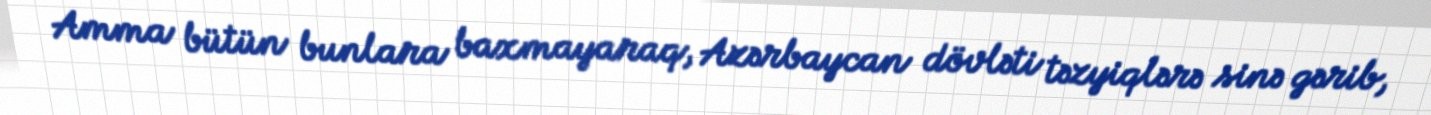
Amma bütün bunlara baxmayaraq, Azərbaycan dövləti təzyiqlərə sinə gərib,